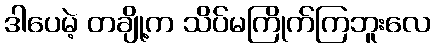
ဒါပေမဲ့ တချို့က သိပ်မကြိုက်ကြဘူးလေ